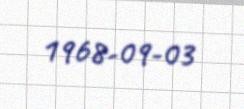
1968-09-03